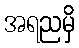
အရညမှိ